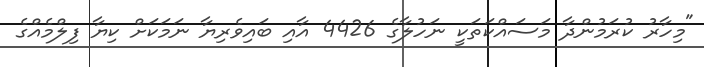
"މިހާރު ކުރަމުންދާ މަސައްކަތަކީ ނަހުލާގެ 4426 އާއި ބައިވެރިޔާ ނަމަކަށް ކިޔާ ފިލްމެއްގެ